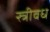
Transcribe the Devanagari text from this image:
स्त्रीवध